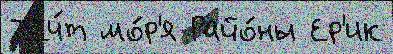
Т'еч́т мо́р'я Райо́ны Ер'ик